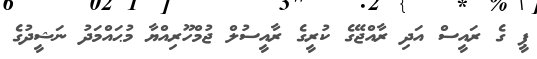
ޕީ ގެ ރައީސް އަދި ރާއްޖޭގެ ކުރީގެ ރާއީސުލް ޖުމްހޫރިއްޔާ މުޙައްމަދު ނަޝީދުގެ